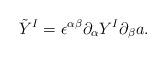
LaTeX: \begin{align*}\tilde{Y}^I = \epsilon^{\alpha\beta} \partial_\alpha Y^I \partial_\beta a.\end{align*}